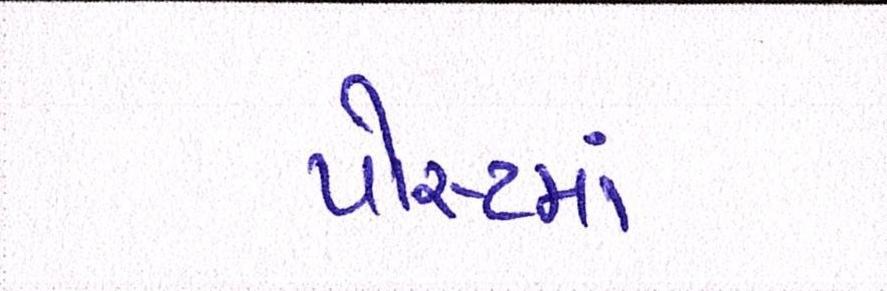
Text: પોસ્ટમાં